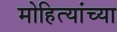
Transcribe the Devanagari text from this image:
मोहित्यांच्या